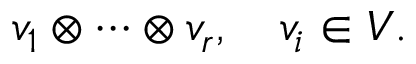
v _ { 1 } \otimes \cdots \otimes v _ { r } , \quad v _ { i } \in V .